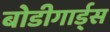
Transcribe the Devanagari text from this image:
बोडीगार्ड्स